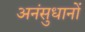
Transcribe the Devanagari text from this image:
अनंसुधानों